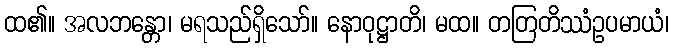
ထ၏။ အလဘန္တော၊ မရသည်ရှိသော်။ နောဝုဋ္ဌာတိ၊ မထ။ တတြတိဿံဥပမာယံ၊